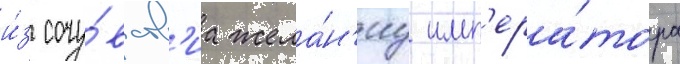
и́з сочу́вств'иа жела́н'иу имп'ера́тора